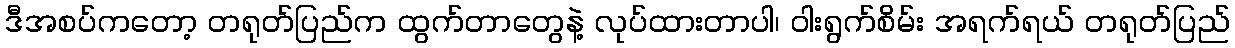
ဒီအစပ်ကတော့ တရုတ်ပြည်က ထွက်တာတွေနဲ့ လုပ်ထားတာပါ၊ ဝါးရွက်စိမ်း အရက်ရယ် တရုတ်ပြည်